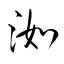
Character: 洳